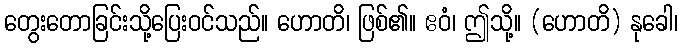
တွေးတောခြင်းသို့ပြေးဝင်သည်။ ဟောတိ၊ ဖြစ်၏။ ဧဝံ၊ ဤသို့။ (ဟောတိ) နုခေါ၊